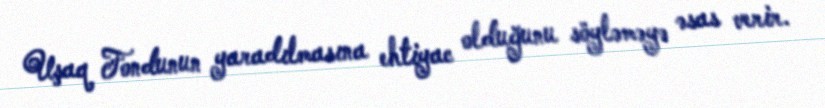
Uşaq Fondunun yaradılmasına ehtiyac olduğunu söyləməyə əsas verir.